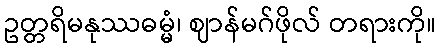
ဥတ္တရိမနုဿဓမ္မံ၊ ဈာန်မဂ်ဖိုလ် တရားကို။